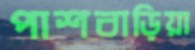
পাশবাড়িয়া